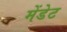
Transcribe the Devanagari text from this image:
मेंडेट